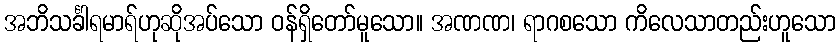
အဘိသင်္ခါရမာရ်ဟုဆိုအပ်သော ဝန်ရှိတော်မူသော။ အဏဏ၊ ရာဂစသော ကိလေသာတည်းဟူသော